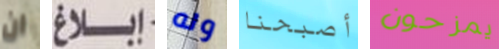
ان إبلاغ وله أصبحنا يمزحون